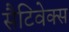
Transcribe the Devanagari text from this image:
सैटिवेक्स